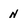
Character: N